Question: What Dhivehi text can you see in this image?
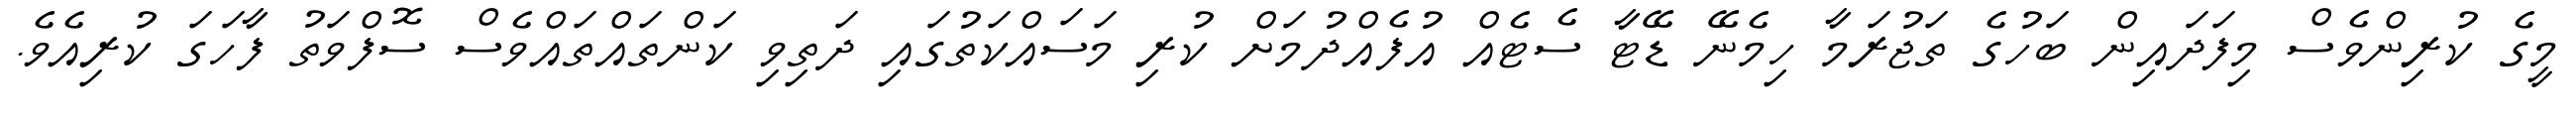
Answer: މީގެ ކުރިންވެސް މިފަދައިން ބަހުގެ ތަޖުރަމާ ހިމެނޭ ޑޭޓާ ސެޓެއް އުފެއްދުމަށް ކުރި މަސައްކަތުގައި ދަތިވި ކަންތައްތައްވެސް ސޮފްވަތު ފާހަގަ ކުރިއެވެ.